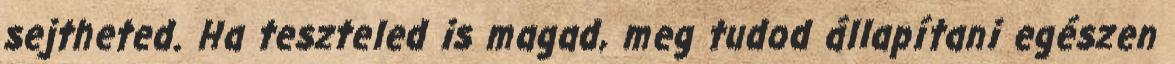
sejtheted. Ha teszteled is magad, meg tudod állapítani egészen